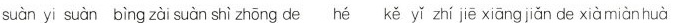
suàn yi suàn bìng zài suàn shì zhōng de hé kě yǐ zhí jiē xiāng jiǎn de xiàmiànhuà